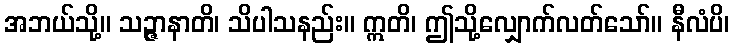
အဘယ်သို့။ သဉ္ဇာနာတိ၊ သိပါသနည်း။ ဣတိ၊ ဤသို့လျှောက်လတ်သော်။ နီလံပိ၊